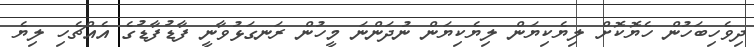
ދިވެހިބަހުން ހެޔޮކޮށް ލިޔެކިޔަން ލިޔެކިޔަން ނުދަންނަ މީހުން ރަނގަޅުވާނީ ފާޑުފާޑުގެ އެއްޗެހި ލިޔެ